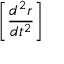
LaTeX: \left[ { \frac { d ^ { 2 } { \boldsymbol { r } } } { d t ^ { 2 } } } \right]